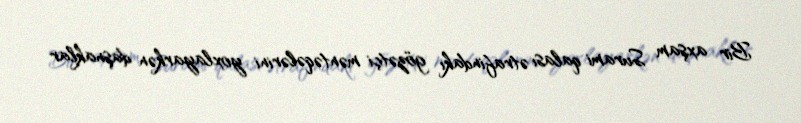
Bir axşam Surami qalası ətrafindakı gözətçi məntəqələrini yoxlayarkən daşnaklar